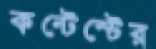
কন্টেস্টের